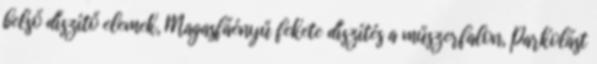
belső díszítő elemek, Magasfáényű fekete díszítés a műszerfalon, Parkolást